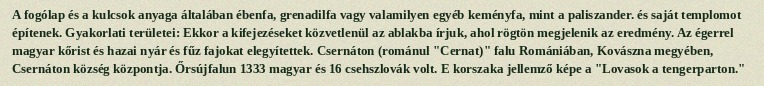
A fogólap és a kulcsok anyaga általában ébenfa, grenadilfa vagy valamilyen egyéb keményfa, mint a paliszander. és saját templomot építenek. Gyakorlati területei: Ekkor a kifejezéseket közvetlenül az ablakba írjuk, ahol rögtön megjelenik az eredmény. Az égerrel magyar kőrist és hazai nyár és fűz fajokat elegyítettek. Csernáton (románul "Cernat)" falu Romániában, Kovászna megyében, Csernáton község központja. Őrsújfalun 1333 magyar és 16 csehszlovák volt. E korszaka jellemző képe a "Lovasok a tengerparton."